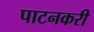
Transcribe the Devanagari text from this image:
पाटनकरी